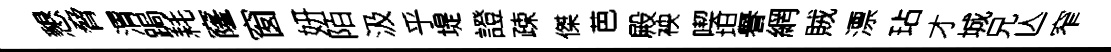
懇脅渭跼耗窿窗妍陌汲乎堤證疎傑芭殿䘧喫坦譽網賊漂玷才城兄亾窄